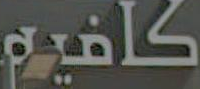
كافيه